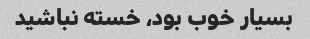
بسیار خوب بود، خسته نباشید